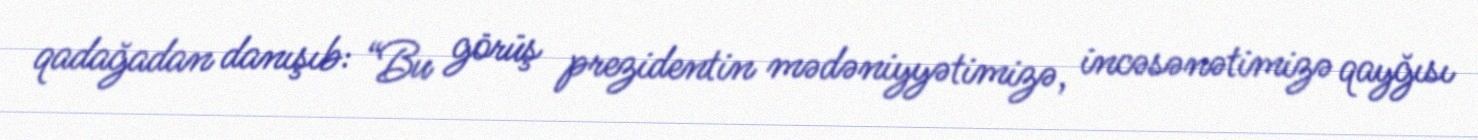
qadağadan danışıb: “Bu görüş prezidentin mədəniyyətimizə, incəsənətimizə qayğısı